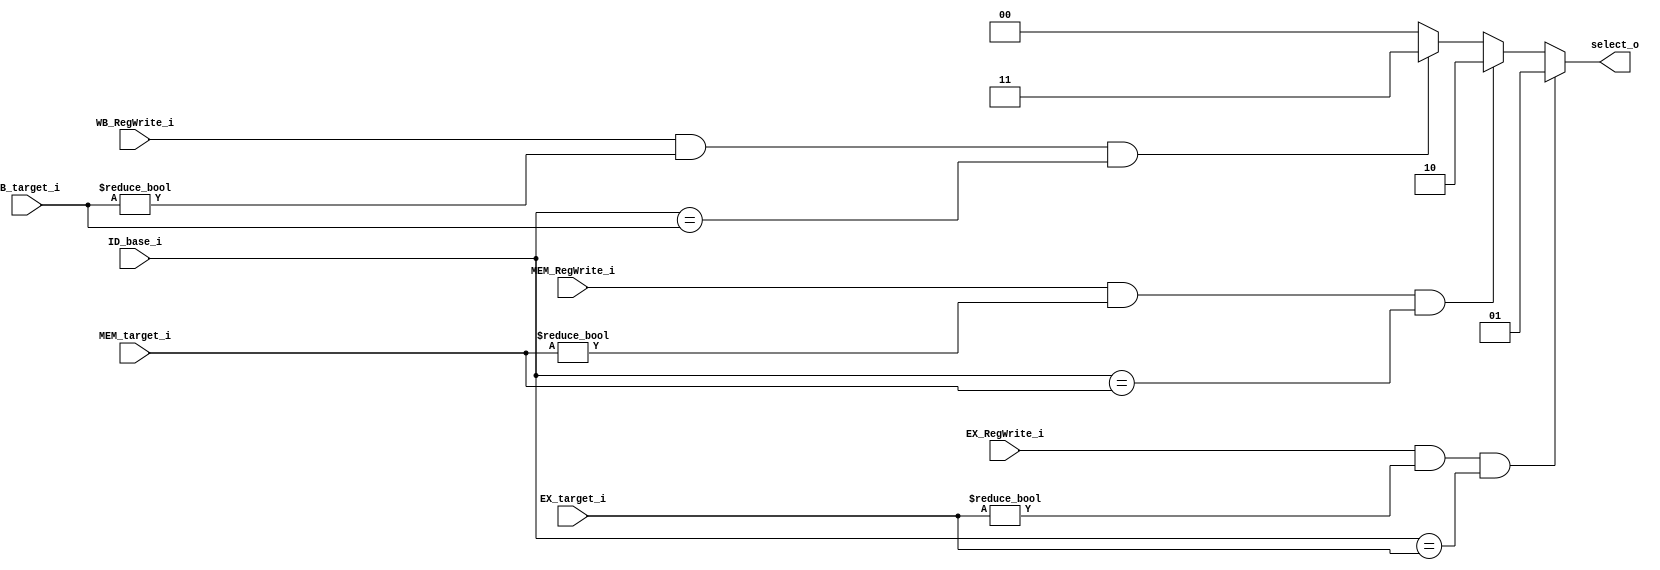
module mlsfording(
                  EX_RegWrite_i,
				  MEM_RegWrite_i,
				  WB_RegWrite_i,
				  ID_base_i,
				  EX_target_i,
				  MEM_target_i,
				  WB_target_i,
				  select_o
				  
				);

input                 EX_RegWrite_i;
input 				  MEM_RegWrite_i;
input				  WB_RegWrite_i;
input      [5-1:0]    ID_base_i;
input      [5-1:0]    EX_target_i;
input 	   [5-1:0]	  MEM_target_i;
input      [5-1:0]    WB_target_i;
output reg [2-1:0]    select_o;

always @(*)
begin
    if(EX_RegWrite_i && (EX_target_i != 0 ) && (ID_base_i == EX_target_i))select_o =2'b01;
	else if( MEM_RegWrite_i && (MEM_target_i != 0 ) && (ID_base_i == MEM_target_i)) select_o = 2'b10;
	else if( WB_RegWrite_i && ( WB_target_i != 0 ) && ( ID_base_i == WB_target_i ))select_o = 2'b11;
	else select_o = 2'b00;
	
	
end
endmodule